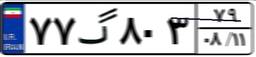
۷۷گ۸۰۳۷۹